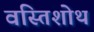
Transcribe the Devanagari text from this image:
वस्तिशोथ